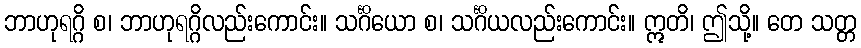
ဘာဟုရဂ္ဂိ စ၊ ဘာဟုရဂ္ဂိလည်းကောင်း။ သင်္ဂိယော စ၊ သင်္ဂိယလည်းကောင်း။ ဣတိ၊ ဤသို့။ တေ သတ္တ